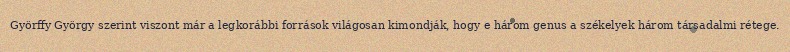
Györffy György szerint viszont már a legkorábbi források világosan kimondják, hogy e három genus a székelyek három társadalmi rétege.